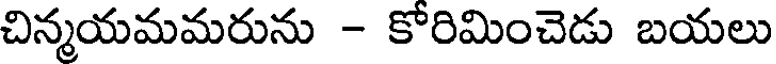
చిన్మయమమరును - కోరిమించెడు బయలు